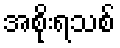
အစိုးရသစ်